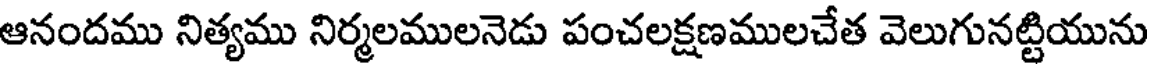
ఆనందము నిత్యము నిర్మలములనెడు పంచలక్షణములచేత వెలుగునట్టియును